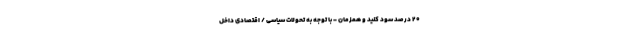
۲۰ درصد سود کنید و همزمان - با توجه به تحولات سیاسی / اقتصادی داخل